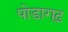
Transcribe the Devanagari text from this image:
पोडागढ़